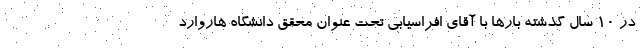
در ۱۰ سال گذشته بارها با آقای افراسیابی تحت عنوان محقق دانشگاه هاروارد